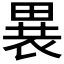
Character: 𬏋